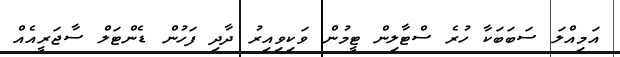
އަމިއްލަ ސަބަބަކާ ހުރެ ސްޓާލިން ޓީމުން ވަކިވިއިރު ދާދި ފަހުން ޑެންޓަލް ސާޖަރީއެއް